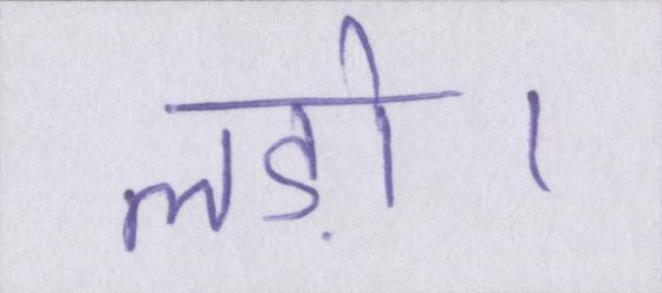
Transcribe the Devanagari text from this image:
लड़ो।